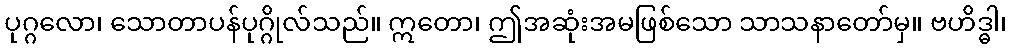
ပုဂ္ဂလော၊ သောတာပန်ပုဂ္ဂိုလ်သည်။ ဣတော၊ ဤအဆုံးအမဖြစ်သော သာသနာတော်မှ။ ဗဟိဒ္ဓါ၊